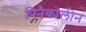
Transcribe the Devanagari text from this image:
पिनैकोलीन